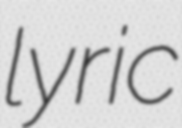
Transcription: lyric